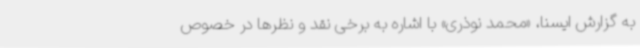
به گزارش ایسنا، «محمد نوذری» با اشاره به برخی نقد و نظرها در خصوص